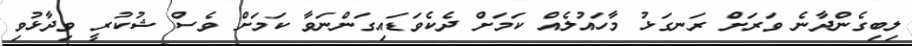
ލިބިގެންދާނެ ވަރަށް ރަނގަޅު މާހައުލެއް ކަމަށް ދެކެވަޑައިގަންނަވާ ކަމަށް ވެސް ޝުކުރީ ވިދާޅުވި